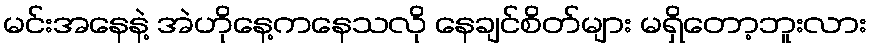
မင်းအနေနဲ့ အဲဟိုနေ့ကနေသလို နေချင်စိတ်များ မရှိတော့ဘူးလား